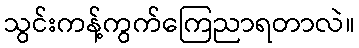
သွင်းကန့်ကွက်ကြေညာရတာလဲ။